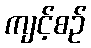
ကျင့်စဉ်